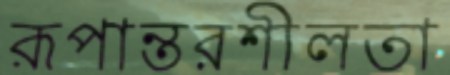
রূপান্তরশীলতা